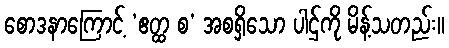
စောဒနာကြောင့် ‘ဧတ္ထ စ’ အစရှိသော ပါဌ်ကို မိန့်သတည်း။